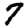
Digit: 7